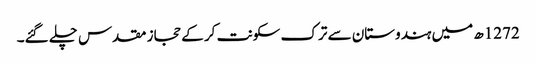
1272ھ میں ہندوستان سے ترک سکونت کر کے حجاز مقدس چلے گئے۔